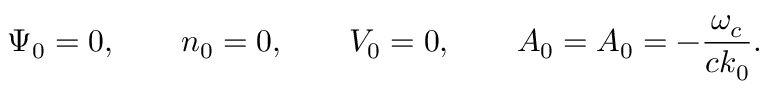
\Psi _ { 0 } = 0 , \qquad n _ { 0 } = 0 , \qquad V _ { 0 } = 0 , \qquad { \cal A } _ { 0 } = A _ { 0 } = - { \frac { \omega _ { c } } { c k _ { 0 } } } .